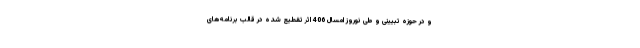
و در حوزه تبیینی و طی نوروز امسال 406 اثر تقطیع شده در قالب برنامه‌های